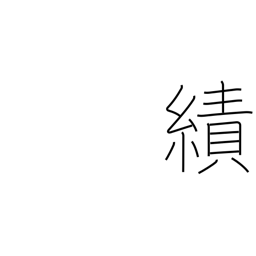
Meaning: exploits